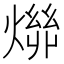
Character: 𬋄